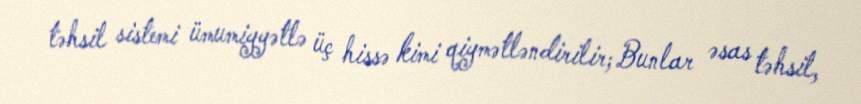
təhsil sistemi ümumiyyətlə üç hissə kimi qiymətləndirilir; Bunlar əsas təhsil,